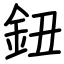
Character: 鈕